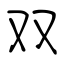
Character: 双